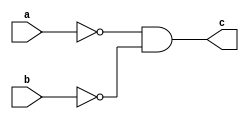
module nor_gate(c,a,b);

output c;
input a,b;

wire x,y,z;

nand(x,a,a);
nand(y,b,b);
nand(z,x,y);
nand(c,z,z);

endmodule